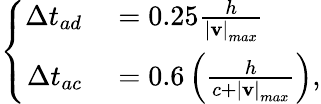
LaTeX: \left\{ \begin{array}{rl}{\Delta t_{ad}}&{{}=0.25\frac{h}{\left|\mathbf{v}\right|_{max}}}\\ {\Delta t_{ac}}&{{}=0.6\left(\frac{h}{c+\left|\mathbf{v}\right|_{max}}\right),}\end{array}\right.